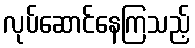
လုပ်ဆောင်နေကြသည့်